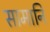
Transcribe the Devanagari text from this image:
सामानि